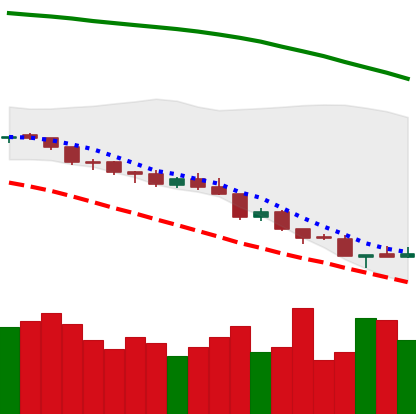
Ticker: NEO-USD
Chart end date: 2018-08-16
Forward return: 9.899%
Label: up_7plus